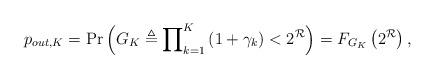
LaTeX: \begin{align*}{p_{out,K}} = \Pr \left( {G_K \triangleq \prod\nolimits_{k = 1}^K {\left( {1 + {\gamma _k}} \right)} < {2^{\mathcal R}}} \right) = {F_{G_K}}\left( {{2^{\mathcal R}}} \right),\end{align*}